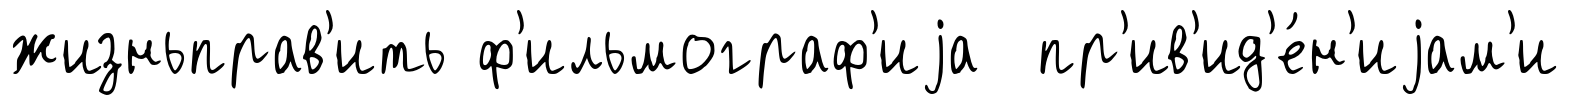
жизньправ'ить ф'ильмограф'иjа пр'ив'ид'е́н'иjам'и